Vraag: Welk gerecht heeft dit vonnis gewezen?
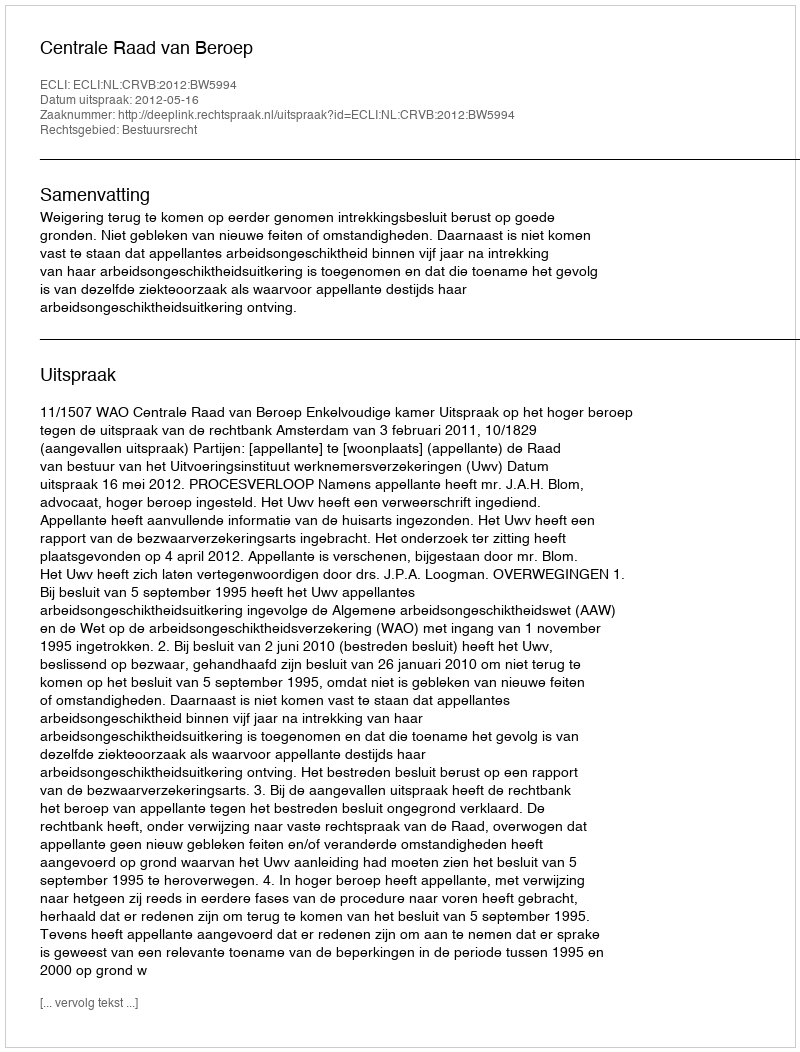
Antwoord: Centrale Raad van Beroep